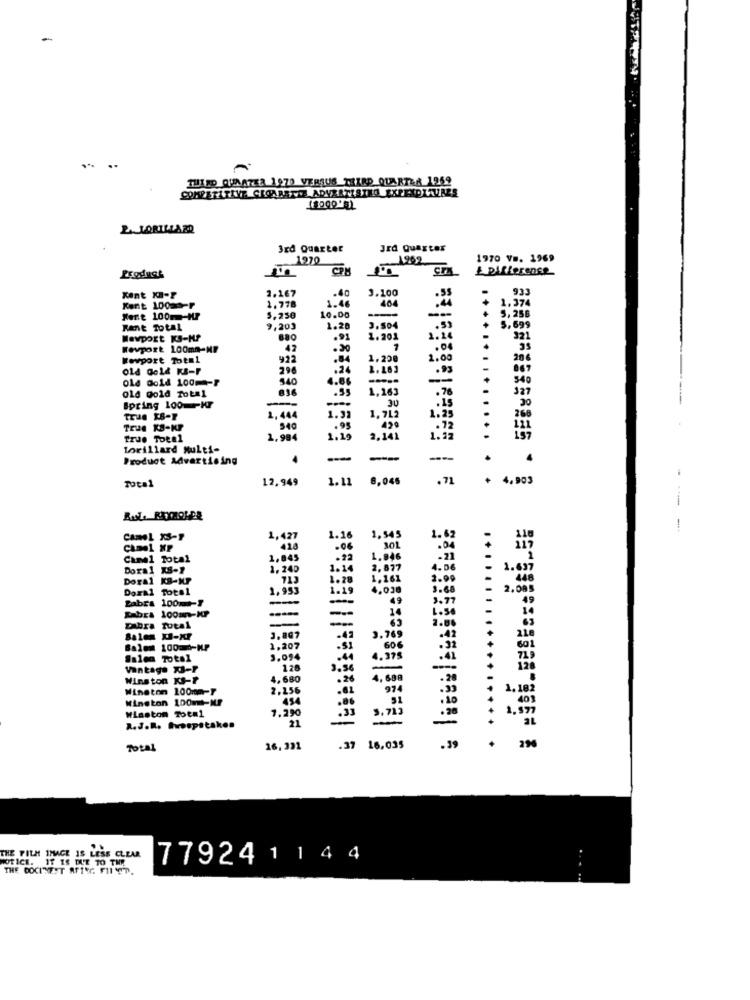
-
THIRD QUARTER 1970 VERSUS THIRD QUARTER 1959
COMPETITIVE GEOARETTE ADVERTISTEO EXPENDITURES
2. LORILLARD
3rd Quarter
Jrd Quarter
127
1970 VB. 1969
& Difference
2.167
.40
3.100
933
Kent K-P
1.46
464
.44
1.374
Kent 100mm-P
1.778
5,25B
Kort 100m-Hr
5,250
10.00
----
Rent Total
9,203
1.20
3.504
.5)
5.699
Newport KS-HP
.21
1.201
1.20
321
Kevport 100mm-MF
42
.30
.04
Newport Totml
922
.84
1.200
1.00
206
old Gold Ks-P
296
.24
.93
old Gold 100m-F
540
4.86
340
old gold Total
1,163
.76
327
30
Spring 1001-Hr
1.21
1.23
30
true XB-F
1,444
1.715
True KS-KP
540
.95
.72
True Toeal
1.994
2.341
lorillard Multi-
Product Advertising
--
----
4
12,949
1.12
8,045
.71
4,903
Total
Camel X3-1
1,427
1.16
1,545
camel XP
418
101
Canel Total
1,845
1.946
-21
Doral KS-1
1, 240
1.14
2. 077
4.06
1.697
Doral KB-XP
1.28
1,161
2.99
Doral Total
1,953
4,038
3.60
2.005
---
1.19
3.77
Zabra 100m+-T
Kabra 100m-KP
-
-
1.50
DAbra Total
2.00
Bales XI-XF
3.807
3.749
Balon 100:0-HP
1.207
60€
601
3.094
4. 375
Vantage X3-P
120
3.56
-
Winston KI-T
4,680
4.600
.20
Winston 100mm-T
2.256
97
1.182
Winston 100ml-IF
454
40
7.290
21
2.J.R. Iwospatakon
-
Total
16,331
.37
16.035
.39
THE FILM IMAGE IS LESS CLEAR
NOTICE. IT IS DUE TO THE
779241144
THE COCINEST AFTER: FIIND.